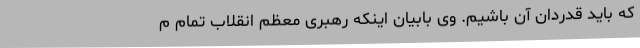
که باید قدردان آن باشیم. وی بابیان اینکه رهبری معظم انقلاب تمام م